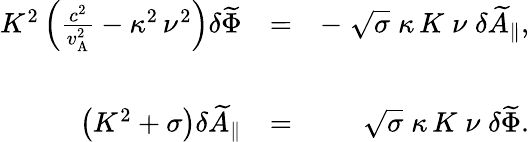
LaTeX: \begin{array}{rlr}{K^{2}\left(\frac{c^{2}}{v_{\mathrm{A}}^{2}}-\kappa^{2}\, \nu^{2}\right)\delta\widetilde{\Phi}}&{=}&{-\; \sqrt{\sigma}\; \kappa\, K\; \nu\; \delta\widetilde{A}_{\| },}\\ &{}&\\ {\left(K^{2}+\sigma\right)\delta\widetilde{A}_{\| }}&{=}&{\sqrt{\sigma}\; \kappa\, K\; \nu\; \delta\widetilde{\Phi}.}\end{array}